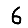
Digit: 6